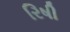
રિષી